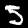
Label: 5